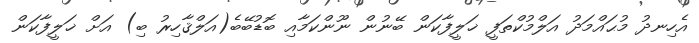
އެހިނދު މުޙައްމަދު އަލްމުކްތަފީ ޚަލީފާކަން ބޭނުން ނޫންކަމާއި ބޮޑުބޭބެ(އަލްޤާހިރު ބި) އަށް ޚަލީފާކަން